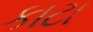
કાટા